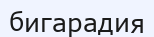
бигарадия